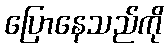
ပြောနေသည်ကို